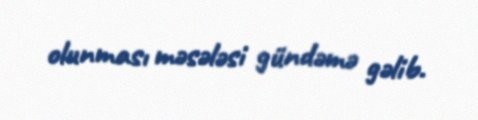
olunması məsələsi gündəmə gəlib.